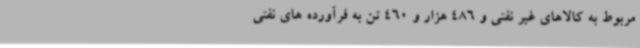
مربوط به کالاهای غیر نفتی و 486 هزار و 460 تن به فرآورده های نفتی